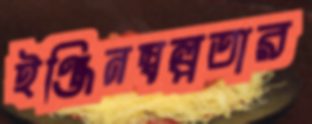
ইঞ্জিনস্বল্পতার